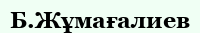
Б.Жұмағалиев